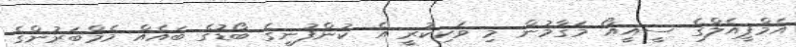
އެމްޕީއެލްގެ ސީއީއޯ މަގާމުން މި ވަކިކުރީ އެ ކުންފުނީގެ ބޯޑުގެ ބައެއް މެމްބަރުންގެ